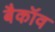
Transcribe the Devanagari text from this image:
बैकॉव